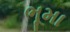
ભૂમા